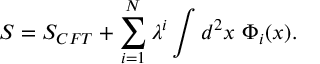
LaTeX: S = S _ { C F T } + \sum _ { i = 1 } ^ { N } \lambda ^ { i } \int d ^ { 2 } x \ \Phi _ { i } ( x ) .